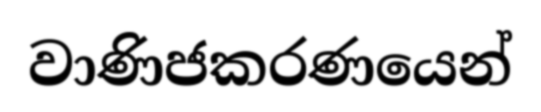
වාණිජකරණයෙන්